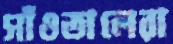
সাঁওতালেরা